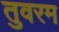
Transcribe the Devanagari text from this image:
तुवरम